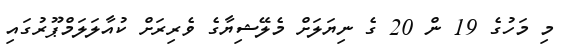
މި މަހުގެ 19 ން 20 ގެ ނިޔަލަށް މެލޭޝިޔާގެ ވެރިރަށް ކުއާލަލަމްޕޫރުގައި